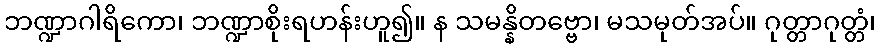
ဘဏ္ဍာဂါရိကော၊ ဘဏ္ဍာစိုးရဟန်းဟူ၍။ န သမန္နိတဗ္ဗော၊ မသမုတ်အပ်။ ဂုတ္တာဂုတ္တံ၊